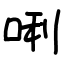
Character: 唎